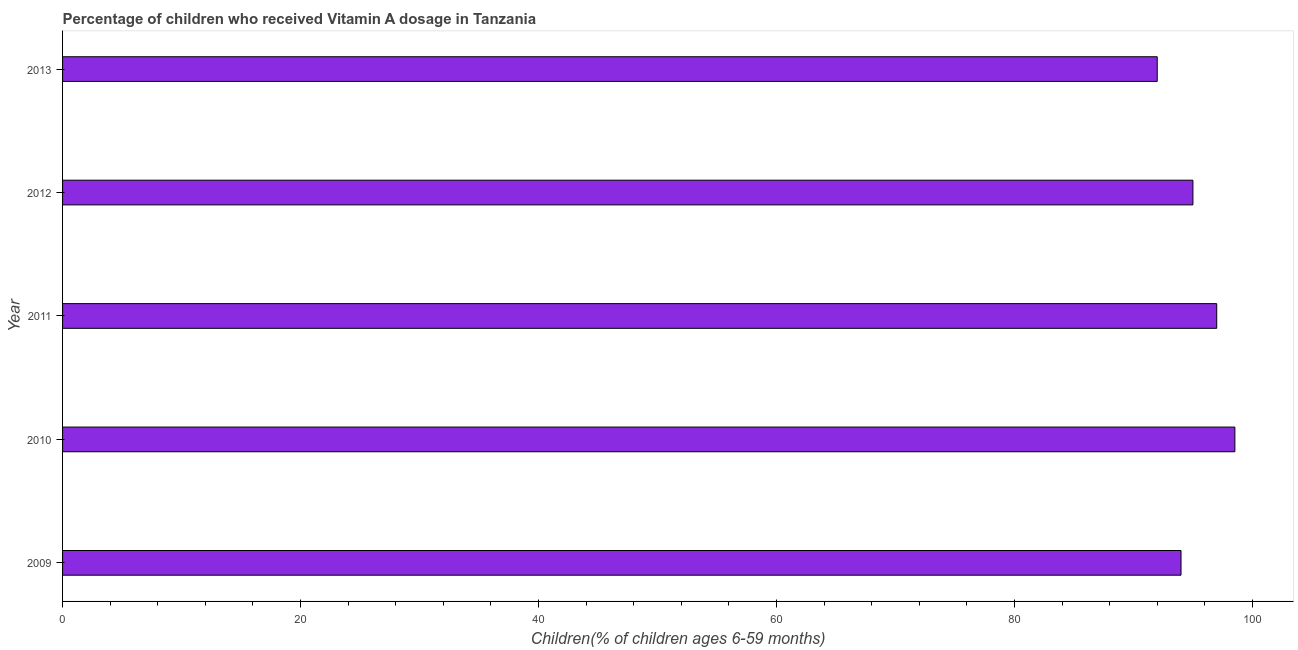
| Year | Vitamin A supplementation coverage rate  |
 | --- | --- |
 | 2009 | 94 |
 | 2010 | 98.5 |
 | 2011 | 97 |
 | 2012 | 95 |
 | 2013 | 92 |